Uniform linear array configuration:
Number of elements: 16
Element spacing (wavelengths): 0.75
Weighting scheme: hamming
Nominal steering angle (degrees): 15
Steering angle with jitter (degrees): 14.398
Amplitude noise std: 0.05
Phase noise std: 0.05

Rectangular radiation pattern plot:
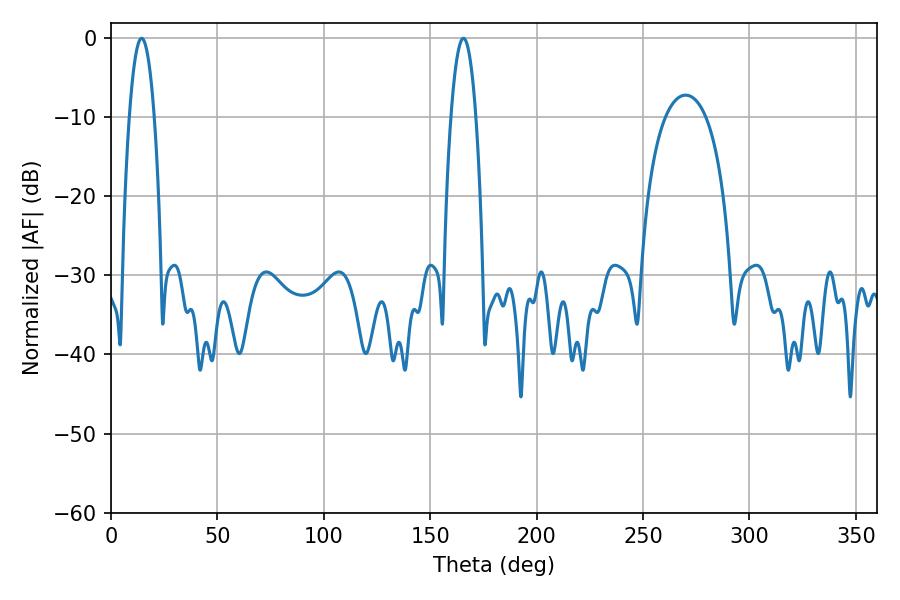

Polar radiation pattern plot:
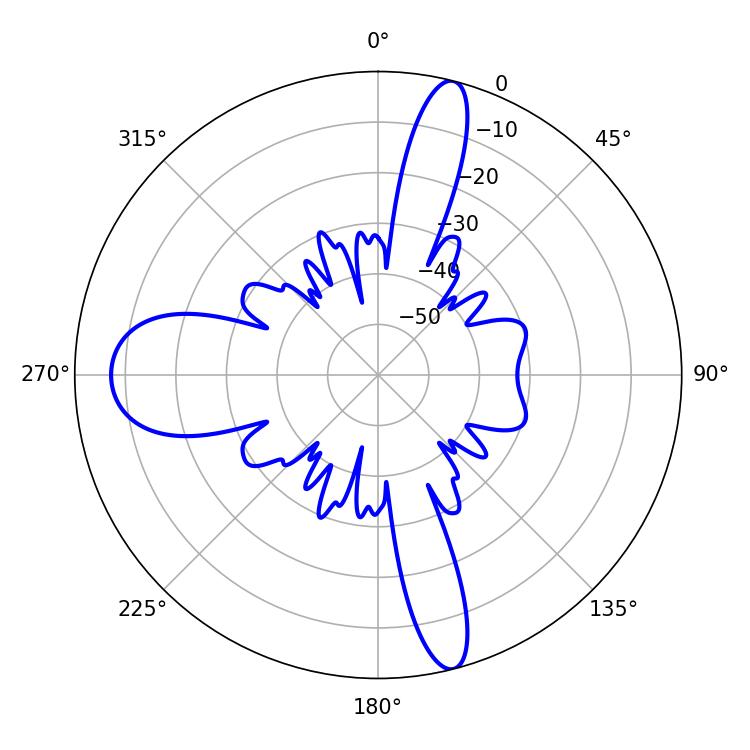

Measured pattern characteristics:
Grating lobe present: TRUE
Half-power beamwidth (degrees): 6.48
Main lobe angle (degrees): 14.4